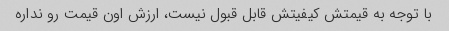
با توجه به قیمتش کیفیتش قابل قبول نیست، ارزش اون قیمت رو نداره